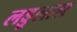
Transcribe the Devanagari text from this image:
लड्डूलाल